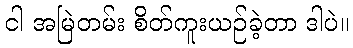
ငါ အမြဲတမ်း စိတ်ကူးယဉ်ခဲ့တာ ဒါပဲ။